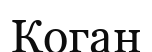
Коган